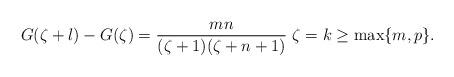
LaTeX: \begin{align*}G(\zeta+l)-G(\zeta)=\frac{mn}{(\zeta+1)(\zeta+n+1)} \ \zeta=k\geq\max\{m,p\}.\end{align*}